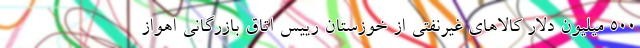
۵۰۰ میلیون دلار کالاهای غیرنفتی از خوزستان رییس اتاق بازرگانی اهواز